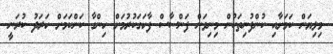
މިލިޔަން ކަމަށާއި ކުންފުނިތަކުން މިނިވަން ފަންސާސް ފާހަގަކުރުމަށް ހިންގާ ކަންކަމަށް ހަރަދު ކުރަނީ